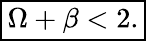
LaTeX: \begin{array}{r}{\boxed{\Omega+\beta<2.}}\end{array}